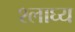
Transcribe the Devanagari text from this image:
श्लाघ्य